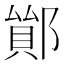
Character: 𨝤